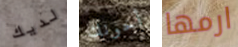
لديك أخونك ارمها